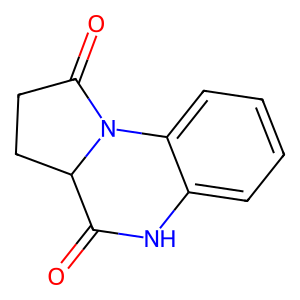
SMILES: O=C1Nc2ccccc2N2C(=O)CCC12
Inhibits HIV replication: No